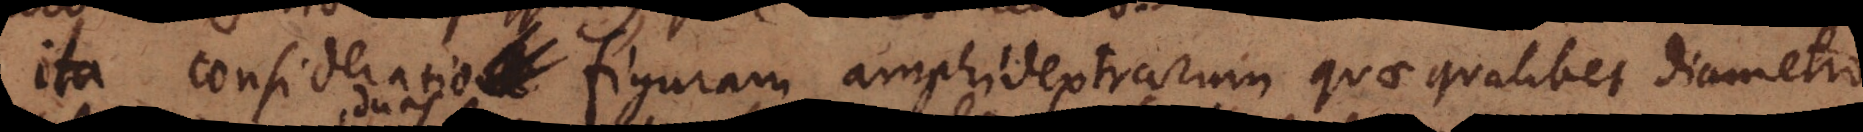
ita consideratio figurarum amphidextrarum quae qualibet diametro